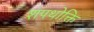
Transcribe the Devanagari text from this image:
शपथोक्ति